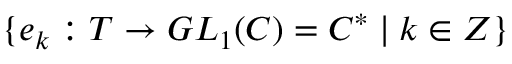
\{ e _ { k } : T \rightarrow G L _ { 1 } ( C ) = C ^ { * } \mid k \in Z \}